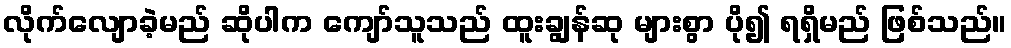
လိုက်လျောခဲ့မည် ဆိုပါက ကျော်သူသည် ထူးချွန်ဆု များစွာ ပို၍ ရရှိမည် ဖြစ်သည်။